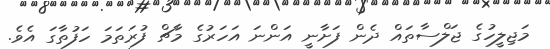
މަޖިލީހުގެ ޖަލްސާތައް ދެން ފަށާނީ އަންނަ އަހަރުގެ މާޗް ފުރަތަމަ ހަފުތާގަ އެވެ.